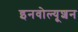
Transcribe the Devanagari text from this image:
इनवोल्यूशन